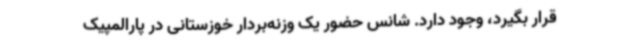
قرار بگیرد، وجود دارد. شانس حضور یک وزنه‌بردار خوزستانی در پارالمپیک